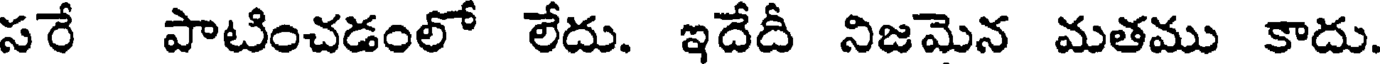
సరే పాటించడంలో లేదు. ఇదేదీ నిజమెన మతము కాదు.